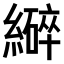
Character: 𫄆